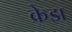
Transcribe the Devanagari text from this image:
क्रेझ